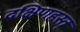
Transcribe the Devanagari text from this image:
दक्षिणहस्त्